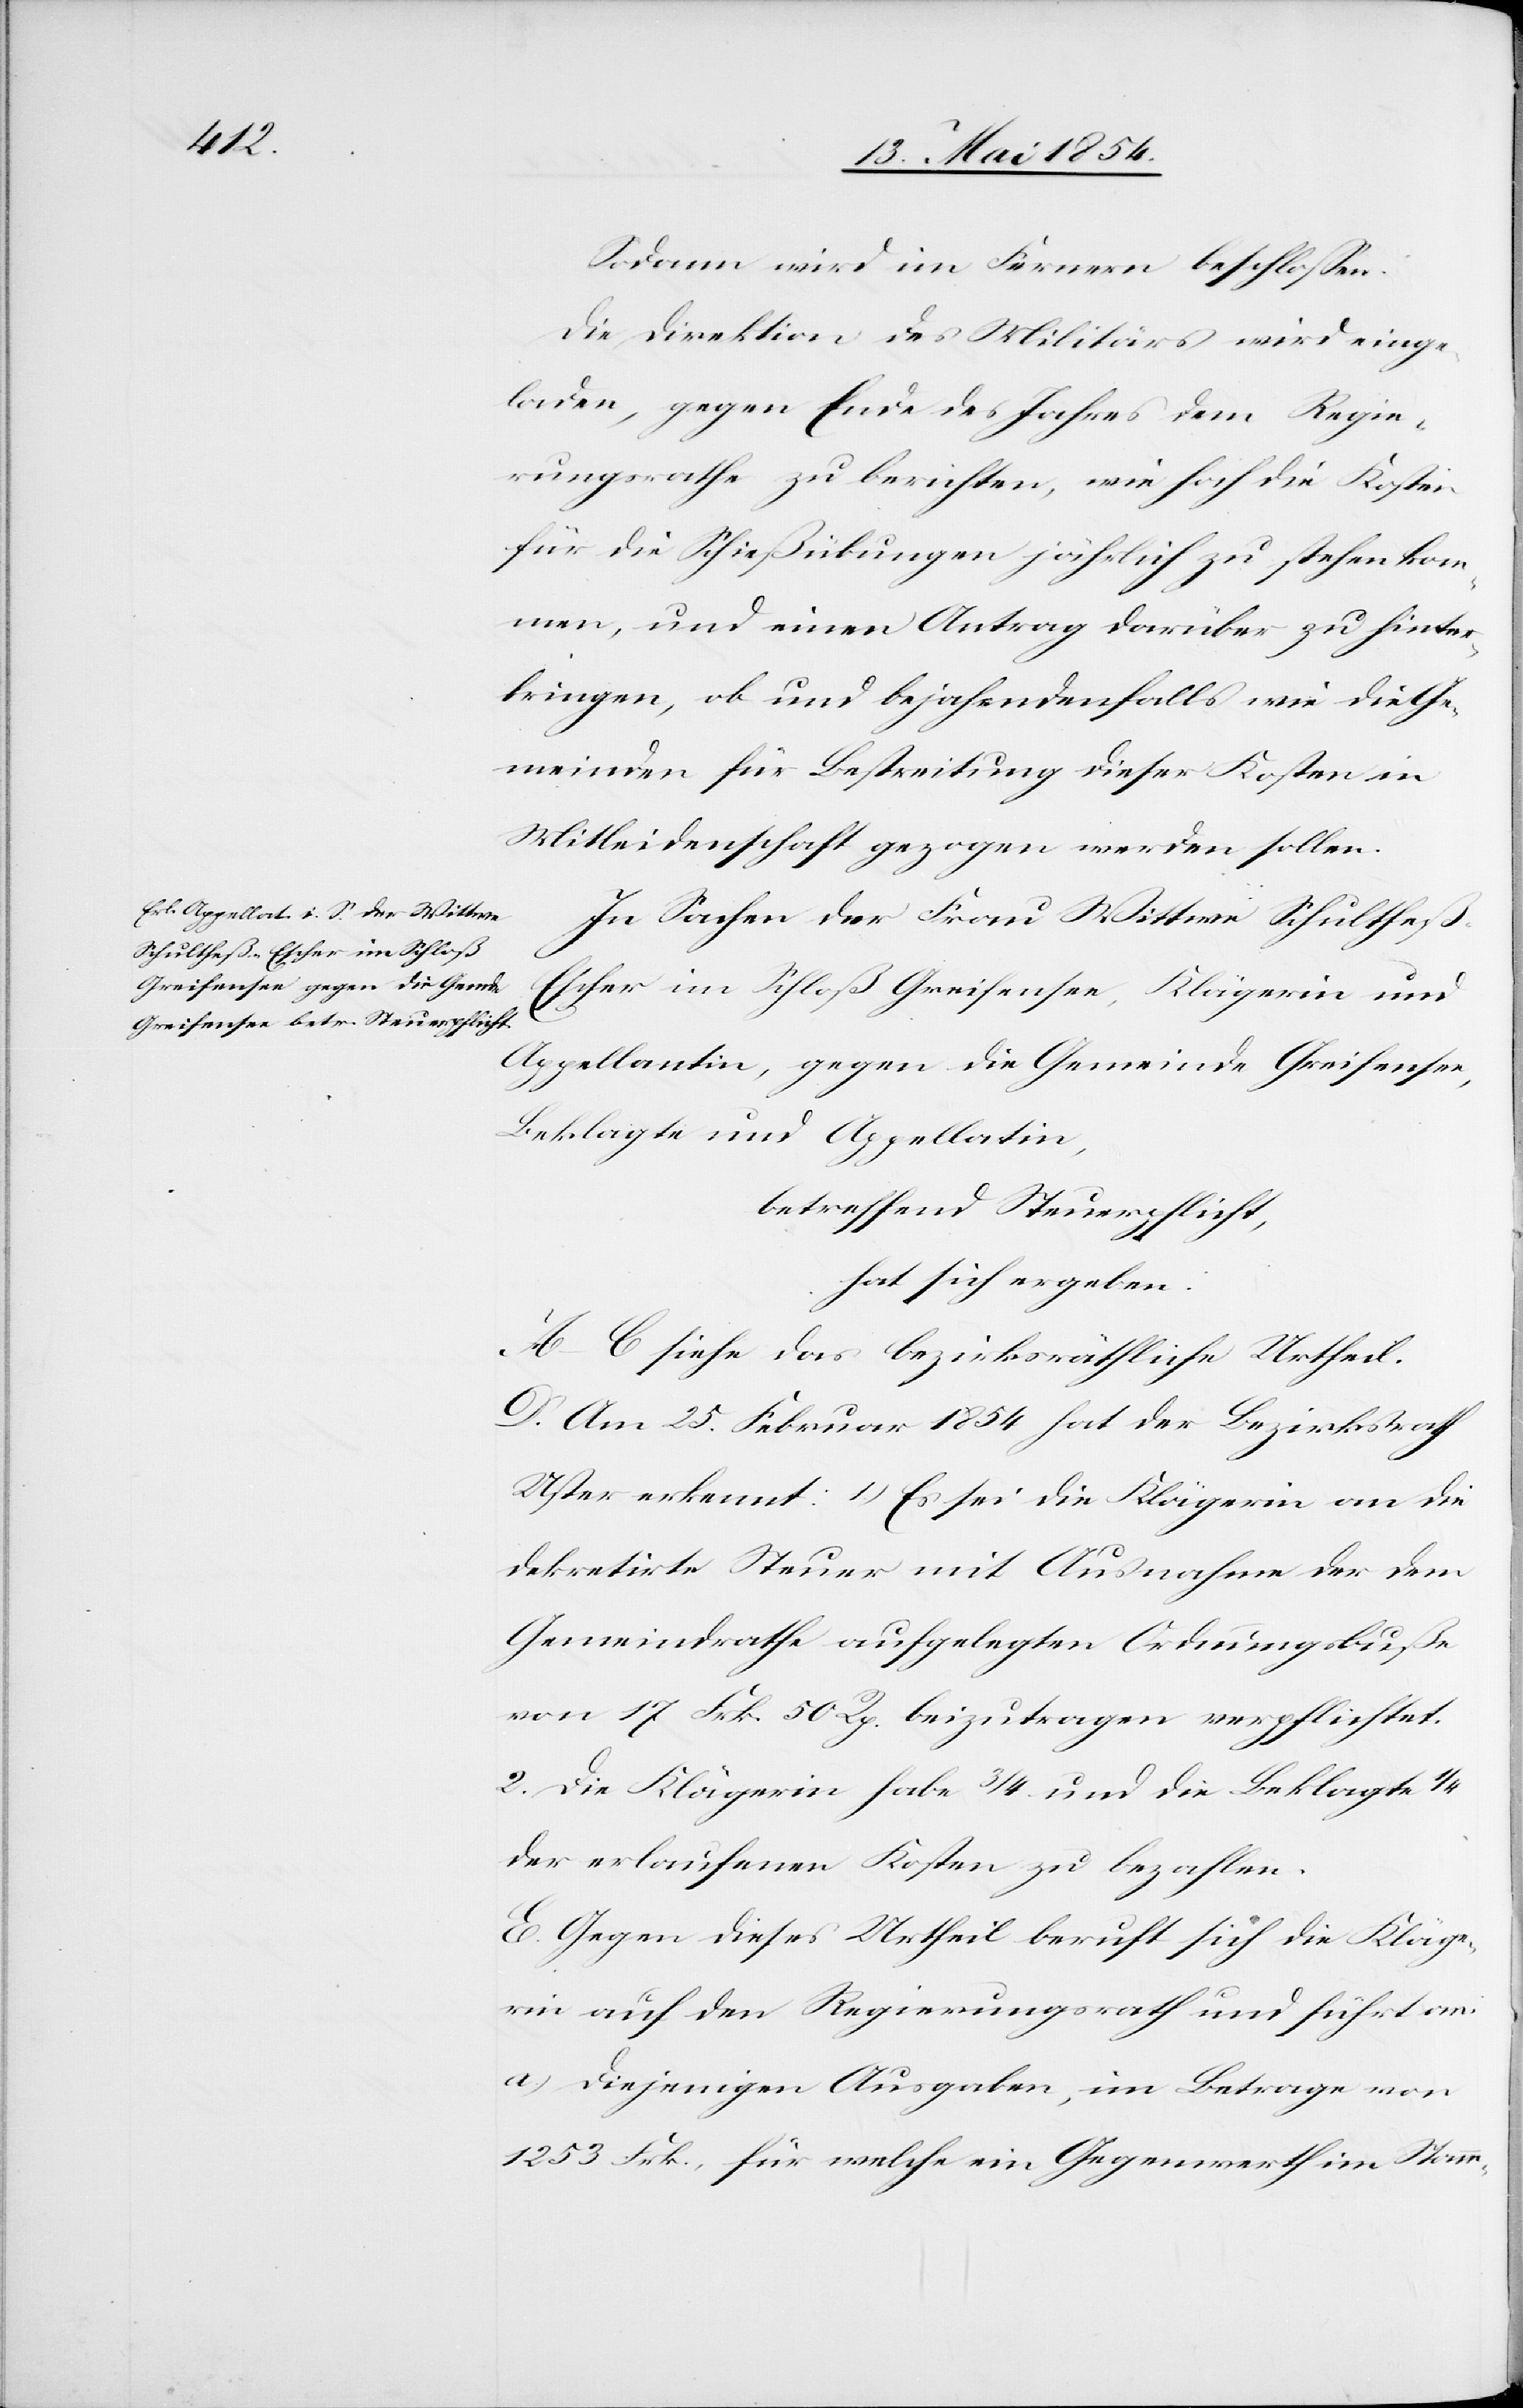
Sodann wird im Fernern beschloßen:
Die Direktion des Militärs wird einge¬
laden, gegen Ende des Jahres dem Regie¬
rungsrathe zu berichten, wie hoch die Kosten
für die Schießübungen jährlich zu stehen kom¬
men, und einen Antrag darüber zu hinter¬
bringen, ob und bejahendenfalls wie die Ge¬
meinden für Bestreitung dieser Kosten in
Mitleidenschaft gezogen werden sollen.
In Sachen der Frau Wittwe Schulthe¬
ß-Escher im Schloß Greifensee, Klägerin und
Appellantin, gegen die Gemeinde Greifensee,
Beklagte und Apellatin,
betreffend Steuerpflicht,
hat sich ergeben:
A.–C. siehe das bezirksräthliche Urtheil.
D. Am 25. Februar 1854 hat der Bezirksrath
Uster erkennt: 1.) Es sei die Klägerin an die
dekretirte Steuer mit Ausnahme der dem
Gemeindrathe aufgelegten Ordnungsbuße
von 17 Frk. 50 Rp. beizutragen verpflichtet.
2. Die Klägerin habe 3/4 und die Beklagte 1/4
der erlaufenen Kosten zu bezahlen.
E. Gegen dieses Urtheil beruft sich die Kläge¬
rin auf den Regierungsrath und führt an:
a.) Diejenigen Ausgaben, im Betrage von
1253 Frk., für welche ein Gegenwerth im Stamm-